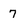
Character: 7